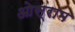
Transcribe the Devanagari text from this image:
ओस्राम